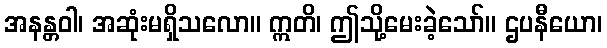
အနန္တဝါ၊ အဆုံးမရှိသလော။ ဣတိ၊ ဤသို့မေးခဲ့သော်။ ဌပနီယော၊